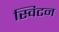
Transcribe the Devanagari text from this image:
स्विटन